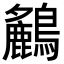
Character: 𪇤